Report of the King Institute of Preventive Medicine, Guindy
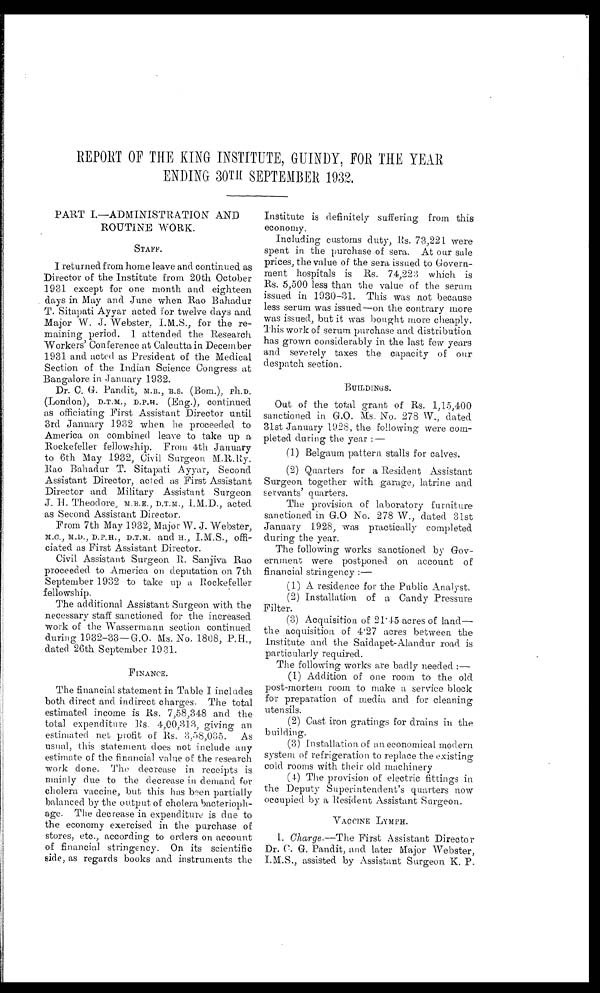
REPORT OF THE KING INSTITUTE, GUINDY, FOR THE YEAR
ENDING 30TH SEPTEMBER 1932.
PART I.—ADMINISTRATION AND
ROUTINE WORK.
STAFF.
I returned from home leave and continued as
Director of the Institute from 20th October
1931 except for one month and eighteen
days in May and June when Rao Bahadur
T.Sitapati Ayyar acted for twelve days and
Major W. J. Webster, I.M.S., for the re
-maining period. I attended the Research
Workers' Conference at Calcutta in December
1931 and acted as President of the Medical
Section of the Indian Science Congress at
Bangalore in January 1932.
Dr. C. G. Pandit, M.B., B.S. (Bom.), Ph.D.
(London), D. T. M. D. P. H. (Eng. ),c o n t i n u e d
as officiating First Assistant Director until
3rd January 1932 when he proceeded to
America on combined leave to take up a
Rockefeller fellowship. From 4th January
to 6th May 1932, Civil Surgeon M.R.Ry.
Rao Bahadur T. Sitapati Ayyar, Second
Assistant Director, acted as First Assistant
Director and Military Assistant Surgeon
J. H. Theodore, M.B.E., D.T.M., I.M.D., acted
as Second Assistant Director.
From 7th May 1932, Major W. J. Webster,
M.C., M.D., D.P.H., D.T.M.a n d
H . , I . M . S . ,
offi
- c i a t e d a s F i r s t A s s i s t a n t D i r e c t o r .
Civil Assistant Surgeon R. Sanjiva Rao
proceeded to America on deputation on 7th
September 1932 to take up a Rockefeller
fellowship.
The additional Assistant Surgeon with the
necessary staff sanctioned for the increased
work of the Wassermann section continued
during 1932-33—G.O. M s. No. 1808, P.H.,
dated 26th September 1931.
FINANCE.
The financial statement in Table I includes
both direct and indirect charges. The total
estimated income is Rs. 7,58,348 and the
total expenditure Rs. 4,00,313, giving an
estimated net profit of Rs. 3,58,035. As
usual, this statement does not include any
estimate of the financial value of the research
work done. The decrease in. receipts is
mainly due to the decrease in demand for
cholera vaccine, but this has been partially
balanced by the output of cholera bacterioph
- a g e . T h e d e c r e a s e i n e x p e n d i t u r e i s d u e t o
the economy exercised in the purchase of
stores, etc., according to orders on account
of financial stringency. On its scientific
side, as regards books and instruments the
Institute is definitely suffering from this
economy.
Including customs duty, Rs. 73,221 were
spent in. the purchase of sera. At our sale
prices, the value of the sera issued to Govern
-ment hospitals is Rs. 74,223 which is
Rs. 5,500 less than the value of the serum
issued in 1930-31. This was not because
less serum was issued—on the contrary more
was issued, but it was bought more cheaply.
This work of serum purchase and distribution
has grown considerably in the last few years
and severely taxes the capacity of our
despatch section.
BUILDINGS.
Out of the total grant of Rs. 1,15,400
sanctioned in G.O. M s. No. 278 W., dated
31st January 1928, the following were com
- p l e t e d d u r i n g
t h e y e a r : —
(1) Belgaum pattern stalls for calves.
(2) Quarters for a Resident Assistant
Surgeon together with garage, latrine and
servants' quarters.
The provision of laboratory furniture
sanctioned in G.O No. 278 W ., dated 31st
January 1928, was practically completed
during the year.
The following works sanctioned by Gov
-ernment were postponed on account of
financial stringency :
—
(1) A residence for the Public Analyst.
(2) Installation of a Candy Pressure
Filter.
(3) Acquisition of 21.45 acres of land—
the acquisition of 4.27 acres between the
Institute and the Saidapet-Alandur road is
particularly required.
The following works are badly needed :
—
(1) Addition of one room to the old
post-mortem room to make a service block
for preparation of media and for cleaning
utensils.
(2) Cast iron gratings for drains in the
building.
(3) Installation of on economical modern
system of refrigeration to replace the existing
cold rooms with their old machinery
(4) The provision of electric fittings in
the Deputy Superintendent's quarters now
occupied by a Resident Assistant Surgeon.
VACCINE LYMPH.
1
. Charge.—The First Assistant Director
Dr. C. G. Pandit, and later Major Webster,
I.M.S., assisted by Assistant Surgeon K. P.